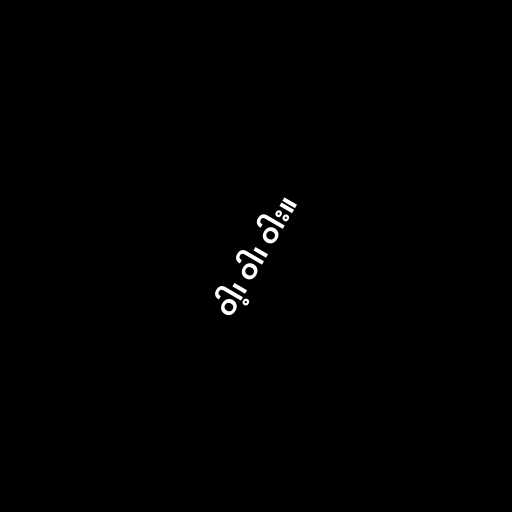
ဝါ့၊ ဝါ၊ ဝါး။